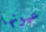
عيونها